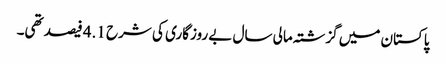
پاکستان میں گزشتہ مالی سال بے روزگاری کی شرح 4.1 فیصد تھی۔